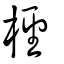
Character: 檉